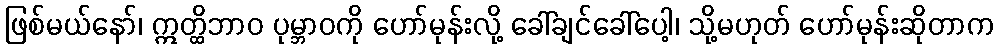
ဖြစ်မယ်နော်၊ ဣတ္ထိဘာဝ ပုမ္ဘာဝကို ဟော်မုန်းလို့ ခေါ်ချင်ခေါ်ပေါ့၊ သို့မဟုတ် ဟော်မုန်းဆိုတာက